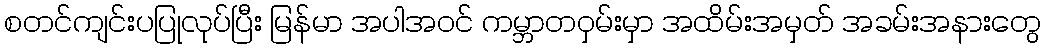
စတင်ကျင်းပပြုလုပ်ပြီး မြန်မာ အပါအဝင် ကမ္ဘာတဝှမ်းမှာ အထိမ်းအမှတ် အခမ်းအနားတွေ